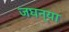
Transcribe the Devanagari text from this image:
जघन्या